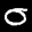
Label: 0